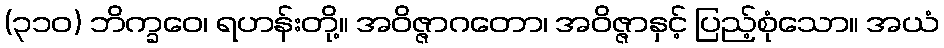
(၃၁၀) ဘိက္ခဝေ၊ ရဟန်းတို့။ အဝိဇ္ဇာဂတော၊ အဝိဇ္ဇာနှင့် ပြည့်စုံသော။ အယံ